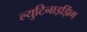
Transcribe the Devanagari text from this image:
ल्युटिनाइझिंग